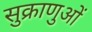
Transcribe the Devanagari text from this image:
सुक्राणुओं